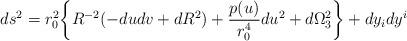
LaTeX: \begin{align*}ds^2 = r_0^2 \bigg\{ R^{-2} (-dudv + dR^2) + {{p(u)}\over {r_0^4}}du^2 + d\Omega^2_3 \biggr\} + dy_i dy^i\end{align*}